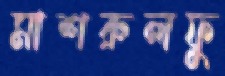
মাশরুলফু